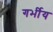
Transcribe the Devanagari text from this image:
गर्भीय